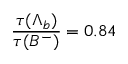
{ \frac { \tau ( \Lambda _ { b } ) } { \tau ( B ^ { - } ) } } = 0 . 8 4